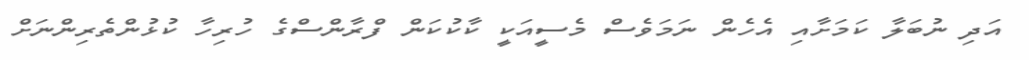
އަދި ނުބަލާ ކަމަށާއި އެހެން ނަމަވެސް މެސީއަކީ ކާކުކަން ފްރާންސްގެ ހުރިހާ ކުޅުންތެރިންނަށް